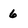
Character: 6